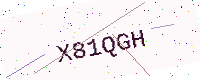
Text: X81QGH